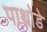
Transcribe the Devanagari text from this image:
पाथ्रोडे